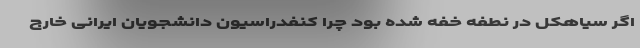
اگر سیاهکل در نطفه خفه شده بود چرا کنفدراسیون دانشجویان ایرانی خارج